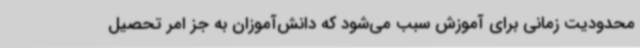
محدودیت زمانی برای آموزش سبب می‌شود که دانش‌آموزان به جز امر تحصیل